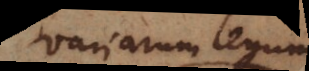
variarum legum